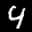
Label: 4